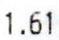
1.61